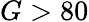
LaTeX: G>80